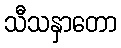
သီသနှာတော